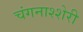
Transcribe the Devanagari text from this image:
चंगनाश्शेरी